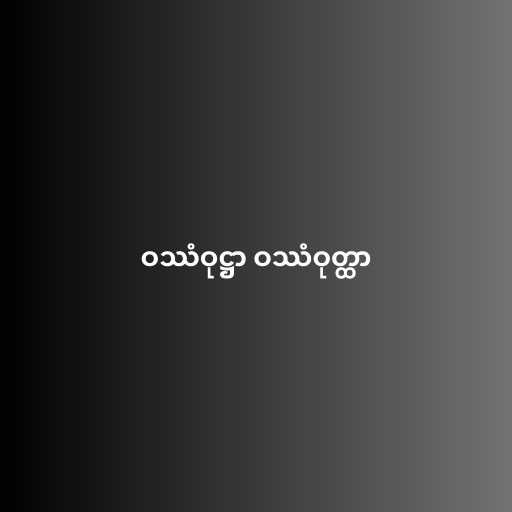
ဝဿံဝုဋ္ဌာ ဝဿံဝုတ္ထာ